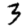
Digit: 3